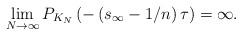
LaTeX: \begin{align*} \lim_{N \to \infty} P_{K_N}\left(-\left(s_{\infty} -1/n\right)\tau\right)= \infty.\end{align*}